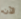
الآن